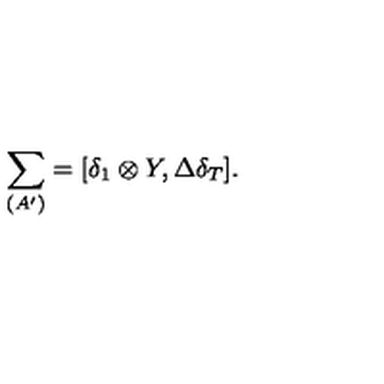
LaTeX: \sum _ { ( A ^ { \prime } ) } = [ \delta _ { 1 } \otimes Y , \Delta \delta _ { T } ] .